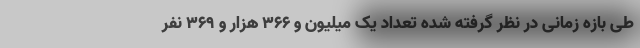
طی بازه زمانی در نظر گرفته شده تعداد یک میلیون و ۳۶۶ هزار و ۳۶۹ نفر